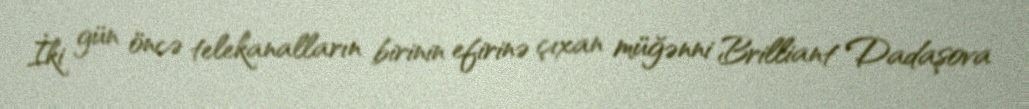
İki gün öncə telekanalların birinin efirinə çıxan müğənni Brilliant Dadaşova